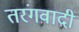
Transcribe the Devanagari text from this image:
तरंगवादी